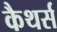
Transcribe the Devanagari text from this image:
कैथर्स